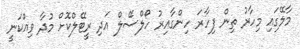
މާލޭގައި މިހާރު ތިން ފިހާރަ ހިންގާއިރު ހޯލްސޭލް އަދި ރީޓޭލްކޮށް މުދާ ވިއްކަނީ